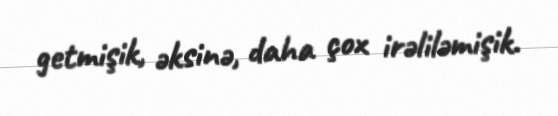
getmişik, əksinə, daha çox irəliləmişik.